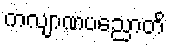
ကလျာဏပညောတိ